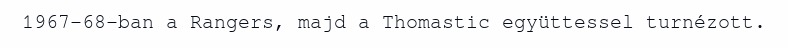
1967–68-ban a Rangers, majd a Thomastic együttessel turnézott.